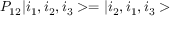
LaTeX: P _ { 1 2 } | i _ { 1 } , i _ { 2 } , i _ { 3 } > = | i _ { 2 } , i _ { 1 } , i _ { 3 } >